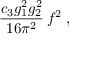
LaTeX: \frac { c _ { 3 } g _ { 1 } ^ { 2 } g _ { 2 } ^ { 2 } } { 1 6 \pi ^ { 2 } } \, f ^ { 2 } \; ,